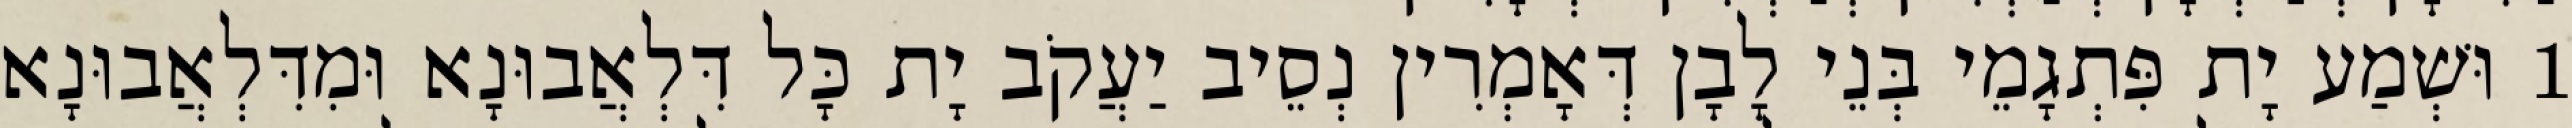
1 וּשְׁמַע יָת פִּתְגָמֵי בְּנֵי לָבָן דְּאָמְרִין נְסֵיב יַעֲקֹב יָת כָּל דִּלְאֲבוּנָא וּמִדִּלְאֲבוּנָא